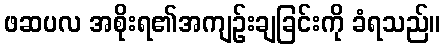
ဖဆပလ အစိုးရ၏အကျဉ်းချခြင်းကို ခံရသည်။